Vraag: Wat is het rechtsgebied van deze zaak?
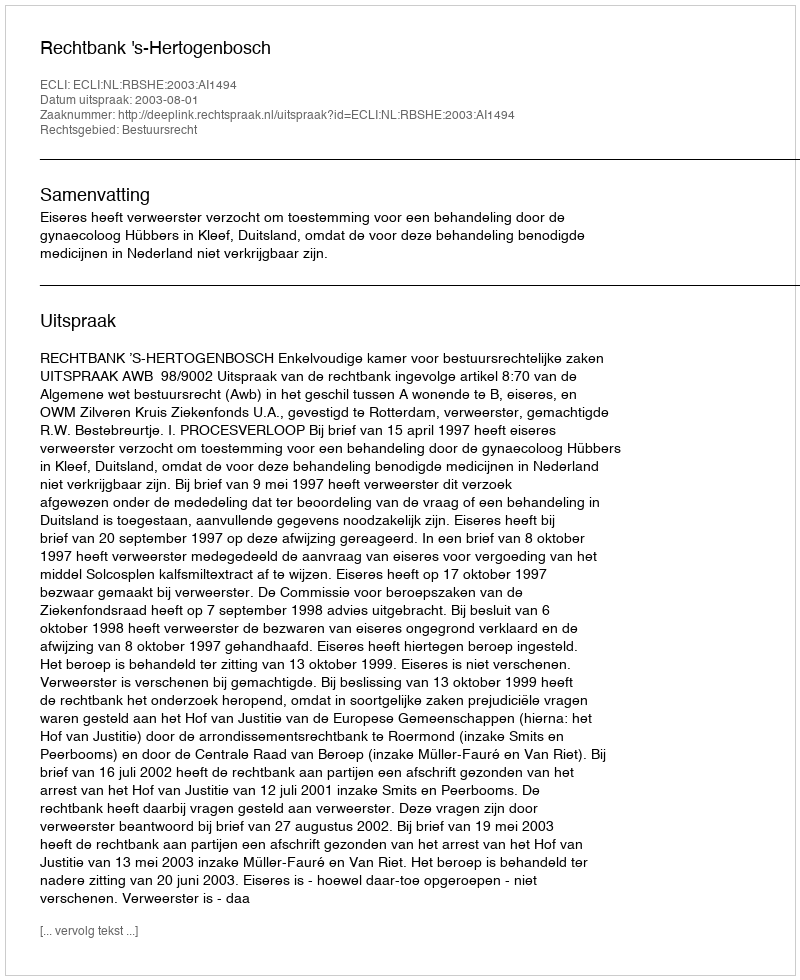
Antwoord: Bestuursrecht